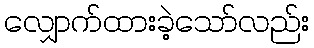
လျှောက်ထားခဲ့သော်လည်း